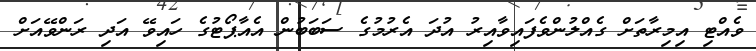
ވެއްޓި އިމިރާތަށް ގެއްލުންވެފައިވާއިރު އުދަ އެރުމުގެ ސަބަބުން އެއާޕޯޓުގެ ހައިވޭ އަދި ރަންވޭއަށް